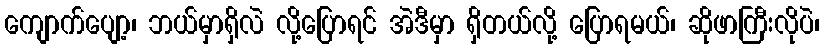
ကျောက်ပျော့၊ ဘယ်မှာရှိလဲ လို့ပြောရင် အဲဒီမှာ ရှိတယ်လို့ ပြောရမယ်၊ ဆိုဖာကြီးလိုပဲ၊